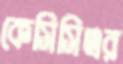
কেসিসিএর